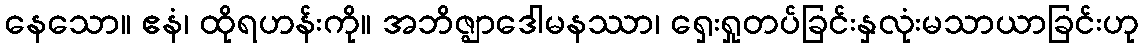
နေသော။ ဧနံ၊ ထိုရဟန်းကို။ အဘိဇ္ဈာဒေါမနဿာ၊ ရှေးရှုတပ်ခြင်းနှလုံးမသာယာခြင်းဟု